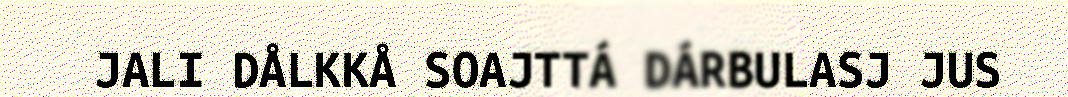
JALI DÅLKKÅ SOAJTTÁ DÁRBULASJ JUS